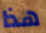
هذا